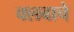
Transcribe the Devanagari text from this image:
क्लबाचे